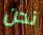
نحن